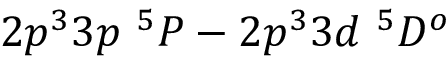
2 p ^ { 3 } 3 p ~ ^ { 5 } P - 2 p ^ { 3 } 3 d ~ ^ { 5 } D ^ { o }